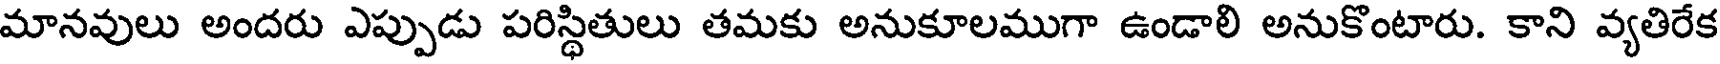
మానవులు అందరు ఎప్పుడు పరిస్థితులు తమకు అనుకూలముగా ఉండాలి అనుకొంటారు. కాని వ్యతిరేక